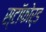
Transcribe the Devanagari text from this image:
स्टॉफोर्ड